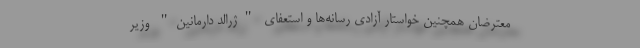
معترضان همچنین خواستار آزادی رسانه‌ها و استعفای "ژرالد دارمانین" وزیر